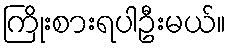
ကြိုးစားရပါဦးမယ်။